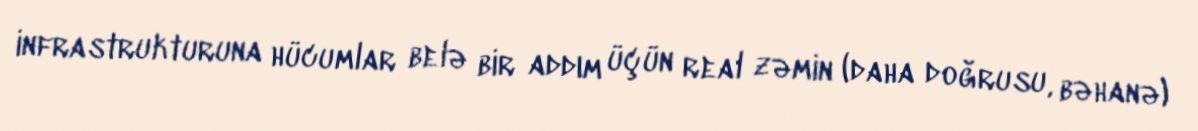
infrastrukturuna hücumlar belə bir addım üçün real zəmin (daha doğrusu, bəhanə)